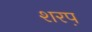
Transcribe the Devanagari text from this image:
शरप़